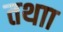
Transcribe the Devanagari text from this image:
तथाा